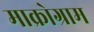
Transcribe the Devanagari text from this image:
माक्रोग्राम